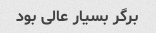
برگر بسیار عالی بود